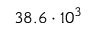
3 8 . 6 \cdot 1 0 ^ { 3 }